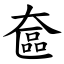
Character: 奩